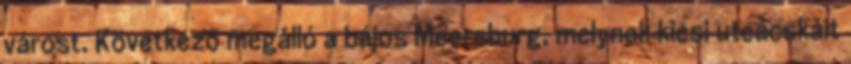
várost. Következő megálló a bájos Meersburg, melynek kicsi utcácskáit